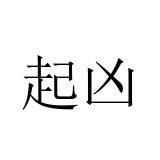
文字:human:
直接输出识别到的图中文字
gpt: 起凶